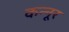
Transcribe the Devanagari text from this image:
कन्‍नूर